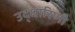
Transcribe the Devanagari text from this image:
उद्धारिणी